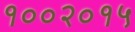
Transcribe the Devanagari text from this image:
१००२०१५